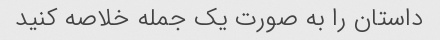
داستان را به صورت یک جمله خلاصه کنید